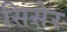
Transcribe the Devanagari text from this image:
सिसेर